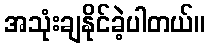
အသုံးချနိုင်ခဲ့ပါတယ်။